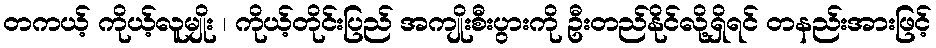
တကယ့် ကိုယ့်လူမျိုး ၊ ကိုယ့်တိုင်းပြည် အကျိုးစီးပွားကို ဦးတည်နိုင်လို့ရှိရင် တနည်းအားဖြင့်